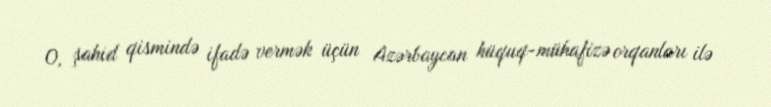
O, şahid qismində ifadə vermək üçün Azərbaycan hüquq-mühafizə orqanları ilə